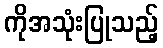
ကိုအသုံးပြုသည့်